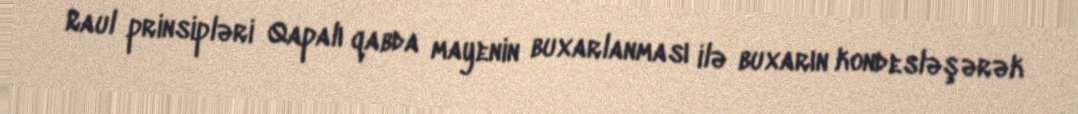
Raul prinsipləri Qapalı qabda mayenin buxarlanması ilə buxarın kondesləşərək